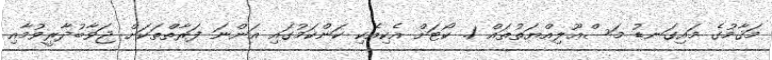
މަޤާމުގެ މައިގަނޑު މަސްޢޫލިއްޔަތުތައް 1. ކޯޓަށް އެކިއެކި ކަންކަމުގައި އަންނަ ފަރާތްތަކަށް ޖަވާބުދާރީވުމާއި